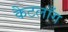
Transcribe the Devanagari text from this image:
कैटलाँग